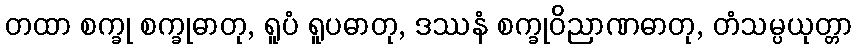
တထာ စက္ခု စက္ခုဓာတု, ရူပံ ရူပဓာတု, ဒဿနံ စက္ခုဝိညာဏဓာတု, တံသမ္ပယုတ္တာ